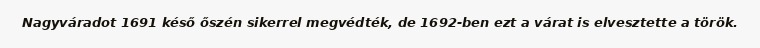
Nagyváradot 1691 késő őszén sikerrel megvédték, de 1692-ben ezt a várat is elvesztette a török.